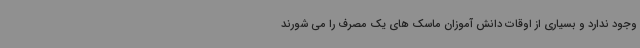
وجود ندارد و بسیاری از اوقات دانش آموزان ماسک های یک مصرف را می شورند